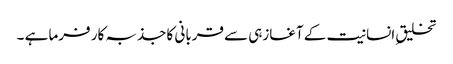
تخلیق ِانسانیت کے آغازہی سے قربانی کا جذبہ کار فرما ہے ۔